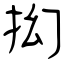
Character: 抝